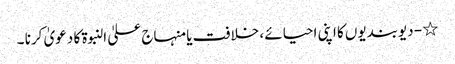
٭ - دیوبندیوں کا اپنی احیائے ، خلافت یا منہاج علیٰ النبوۃ کا دعویٰ کرنا ۔